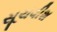
સૂચવીશ